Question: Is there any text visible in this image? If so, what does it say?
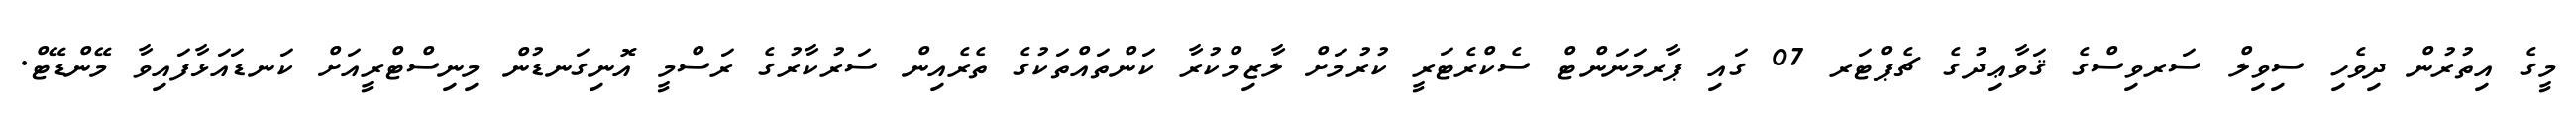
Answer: މީގެ އިތުރުން ދިވެހި ސިވިލް ސަރވިސްގެ ޤަވާޢިދުގެ ޗެޕްޓަރ 07 ގައި ޕާރމަނަންޓް ސެކްރެޓަރީ ކުރުމަށް ލާޒިމްކުރާ ކަންތައްތަކުގެ ތެރެއިން ސަރުކާރުގެ ރަސްމީ އޮނިގަނޑުން މިނިސްޓްރީއަށް ކަނޑައަޅާފައިވާ މޭންޑޭޓް.